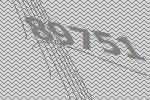
89751